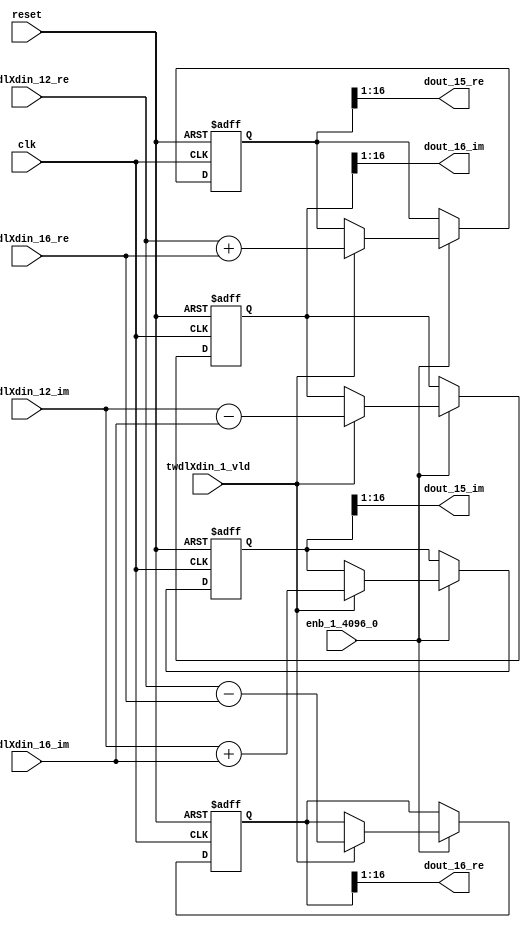
// -------------------------------------------------------------
// 
// 
// Generated by MATLAB 9.14 and HDL Coder 4.1
// 
// -------------------------------------------------------------


// -------------------------------------------------------------
// 
// Module: RADIX22FFT_SDNF1_5_block6
// Source Path: dsphdl.IFFT/RADIX22FFT_SDNF1_5
// Hierarchy Level: 4
// 
// -------------------------------------------------------------

`timescale 1 ns / 1 ns

module RADIX22FFT_SDNF1_5_block6
          (clk,
           reset,
           enb_1_4096_0,
           twdlXdin_12_re,
           twdlXdin_12_im,
           twdlXdin_16_re,
           twdlXdin_16_im,
           twdlXdin_1_vld,
           dout_15_re,
           dout_15_im,
           dout_16_re,
           dout_16_im);


  input   clk;
  input   reset;
  input   enb_1_4096_0;
  input   signed [15:0] twdlXdin_12_re;  // sfix16_En14
  input   signed [15:0] twdlXdin_12_im;  // sfix16_En14
  input   signed [15:0] twdlXdin_16_re;  // sfix16_En14
  input   signed [15:0] twdlXdin_16_im;  // sfix16_En14
  input   twdlXdin_1_vld;
  output  signed [15:0] dout_15_re;  // sfix16_En14
  output  signed [15:0] dout_15_im;  // sfix16_En14
  output  signed [15:0] dout_16_re;  // sfix16_En14
  output  signed [15:0] dout_16_im;  // sfix16_En14


  reg signed [16:0] Radix22ButterflyG1_NF_btf1_re_reg;  // sfix17
  reg signed [16:0] Radix22ButterflyG1_NF_btf1_im_reg;  // sfix17
  reg signed [16:0] Radix22ButterflyG1_NF_btf2_re_reg;  // sfix17
  reg signed [16:0] Radix22ButterflyG1_NF_btf2_im_reg;  // sfix17
  reg  Radix22ButterflyG1_NF_dinXtwdl_vld_dly1;
  reg signed [16:0] Radix22ButterflyG1_NF_btf1_re_reg_next;  // sfix17_En14
  reg signed [16:0] Radix22ButterflyG1_NF_btf1_im_reg_next;  // sfix17_En14
  reg signed [16:0] Radix22ButterflyG1_NF_btf2_re_reg_next;  // sfix17_En14
  reg signed [16:0] Radix22ButterflyG1_NF_btf2_im_reg_next;  // sfix17_En14
  reg  Radix22ButterflyG1_NF_dinXtwdl_vld_dly1_next;
  reg signed [15:0] dout_15_re_1;  // sfix16_En14
  reg signed [15:0] dout_15_im_1;  // sfix16_En14
  reg signed [15:0] dout_16_re_1;  // sfix16_En14
  reg signed [15:0] dout_16_im_1;  // sfix16_En14
  reg  dout_15_vld;
  reg signed [16:0] Radix22ButterflyG1_NF_add_cast;  // sfix17_En14
  reg signed [16:0] Radix22ButterflyG1_NF_add_cast_0;  // sfix17_En14
  reg signed [16:0] Radix22ButterflyG1_NF_sra_temp;  // sfix17_En14
  reg signed [16:0] Radix22ButterflyG1_NF_sub_cast;  // sfix17_En14
  reg signed [16:0] Radix22ButterflyG1_NF_sub_cast_0;  // sfix17_En14
  reg signed [16:0] Radix22ButterflyG1_NF_sra_temp_0;  // sfix17_En14
  reg signed [16:0] Radix22ButterflyG1_NF_add_cast_1;  // sfix17_En14
  reg signed [16:0] Radix22ButterflyG1_NF_add_cast_2;  // sfix17_En14
  reg signed [16:0] Radix22ButterflyG1_NF_sra_temp_1;  // sfix17_En14
  reg signed [16:0] Radix22ButterflyG1_NF_sub_cast_1;  // sfix17_En14
  reg signed [16:0] Radix22ButterflyG1_NF_sub_cast_2;  // sfix17_En14
  reg signed [16:0] Radix22ButterflyG1_NF_sra_temp_2;  // sfix17_En14


  // Radix22ButterflyG1_NF
  always @(posedge clk or posedge reset)
    begin : Radix22ButterflyG1_NF_process
      if (reset == 1'b1) begin
        Radix22ButterflyG1_NF_btf1_re_reg <= 17'sb00000000000000000;
        Radix22ButterflyG1_NF_btf1_im_reg <= 17'sb00000000000000000;
        Radix22ButterflyG1_NF_btf2_re_reg <= 17'sb00000000000000000;
        Radix22ButterflyG1_NF_btf2_im_reg <= 17'sb00000000000000000;
        Radix22ButterflyG1_NF_dinXtwdl_vld_dly1 <= 1'b0;
      end
      else begin
        if (enb_1_4096_0) begin
          Radix22ButterflyG1_NF_btf1_re_reg <= Radix22ButterflyG1_NF_btf1_re_reg_next;
          Radix22ButterflyG1_NF_btf1_im_reg <= Radix22ButterflyG1_NF_btf1_im_reg_next;
          Radix22ButterflyG1_NF_btf2_re_reg <= Radix22ButterflyG1_NF_btf2_re_reg_next;
          Radix22ButterflyG1_NF_btf2_im_reg <= Radix22ButterflyG1_NF_btf2_im_reg_next;
          Radix22ButterflyG1_NF_dinXtwdl_vld_dly1 <= Radix22ButterflyG1_NF_dinXtwdl_vld_dly1_next;
        end
      end
    end

  always @(Radix22ButterflyG1_NF_btf1_im_reg, Radix22ButterflyG1_NF_btf1_re_reg,
       Radix22ButterflyG1_NF_btf2_im_reg, Radix22ButterflyG1_NF_btf2_re_reg,
       Radix22ButterflyG1_NF_dinXtwdl_vld_dly1, twdlXdin_12_im, twdlXdin_12_re,
       twdlXdin_16_im, twdlXdin_16_re, twdlXdin_1_vld) begin
    Radix22ButterflyG1_NF_add_cast = 17'sb00000000000000000;
    Radix22ButterflyG1_NF_add_cast_0 = 17'sb00000000000000000;
    Radix22ButterflyG1_NF_sub_cast = 17'sb00000000000000000;
    Radix22ButterflyG1_NF_sub_cast_0 = 17'sb00000000000000000;
    Radix22ButterflyG1_NF_add_cast_1 = 17'sb00000000000000000;
    Radix22ButterflyG1_NF_add_cast_2 = 17'sb00000000000000000;
    Radix22ButterflyG1_NF_sub_cast_1 = 17'sb00000000000000000;
    Radix22ButterflyG1_NF_sub_cast_2 = 17'sb00000000000000000;
    Radix22ButterflyG1_NF_btf1_re_reg_next = Radix22ButterflyG1_NF_btf1_re_reg;
    Radix22ButterflyG1_NF_btf1_im_reg_next = Radix22ButterflyG1_NF_btf1_im_reg;
    Radix22ButterflyG1_NF_btf2_re_reg_next = Radix22ButterflyG1_NF_btf2_re_reg;
    Radix22ButterflyG1_NF_btf2_im_reg_next = Radix22ButterflyG1_NF_btf2_im_reg;
    Radix22ButterflyG1_NF_dinXtwdl_vld_dly1_next = twdlXdin_1_vld;
    if (twdlXdin_1_vld) begin
      Radix22ButterflyG1_NF_add_cast = {twdlXdin_12_re[15], twdlXdin_12_re};
      Radix22ButterflyG1_NF_add_cast_0 = {twdlXdin_16_re[15], twdlXdin_16_re};
      Radix22ButterflyG1_NF_btf1_re_reg_next = Radix22ButterflyG1_NF_add_cast + Radix22ButterflyG1_NF_add_cast_0;
      Radix22ButterflyG1_NF_sub_cast = {twdlXdin_12_re[15], twdlXdin_12_re};
      Radix22ButterflyG1_NF_sub_cast_0 = {twdlXdin_16_re[15], twdlXdin_16_re};
      Radix22ButterflyG1_NF_btf2_re_reg_next = Radix22ButterflyG1_NF_sub_cast - Radix22ButterflyG1_NF_sub_cast_0;
      Radix22ButterflyG1_NF_add_cast_1 = {twdlXdin_12_im[15], twdlXdin_12_im};
      Radix22ButterflyG1_NF_add_cast_2 = {twdlXdin_16_im[15], twdlXdin_16_im};
      Radix22ButterflyG1_NF_btf1_im_reg_next = Radix22ButterflyG1_NF_add_cast_1 + Radix22ButterflyG1_NF_add_cast_2;
      Radix22ButterflyG1_NF_sub_cast_1 = {twdlXdin_12_im[15], twdlXdin_12_im};
      Radix22ButterflyG1_NF_sub_cast_2 = {twdlXdin_16_im[15], twdlXdin_16_im};
      Radix22ButterflyG1_NF_btf2_im_reg_next = Radix22ButterflyG1_NF_sub_cast_1 - Radix22ButterflyG1_NF_sub_cast_2;
    end
    Radix22ButterflyG1_NF_sra_temp = Radix22ButterflyG1_NF_btf1_re_reg >>> 8'd1;
    dout_15_re_1 = Radix22ButterflyG1_NF_sra_temp[15:0];
    Radix22ButterflyG1_NF_sra_temp_0 = Radix22ButterflyG1_NF_btf1_im_reg >>> 8'd1;
    dout_15_im_1 = Radix22ButterflyG1_NF_sra_temp_0[15:0];
    Radix22ButterflyG1_NF_sra_temp_1 = Radix22ButterflyG1_NF_btf2_re_reg >>> 8'd1;
    dout_16_re_1 = Radix22ButterflyG1_NF_sra_temp_1[15:0];
    Radix22ButterflyG1_NF_sra_temp_2 = Radix22ButterflyG1_NF_btf2_im_reg >>> 8'd1;
    dout_16_im_1 = Radix22ButterflyG1_NF_sra_temp_2[15:0];
    dout_15_vld = Radix22ButterflyG1_NF_dinXtwdl_vld_dly1;
  end



  assign dout_15_re = dout_15_re_1;

  assign dout_15_im = dout_15_im_1;

  assign dout_16_re = dout_16_re_1;

  assign dout_16_im = dout_16_im_1;

endmodule  // RADIX22FFT_SDNF1_5_block6